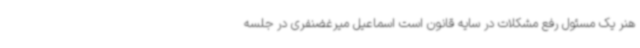
هنر یک مسئول رفع مشکلات در سایه قانون است اسماعیل میرغضنفری در جلسه